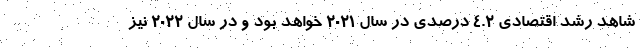
شاهد رشد اقتصادی ۴.۲ درصدی در سال ۲۰۲۱ خواهد بود و در سال ۲۰۲۲ نیز